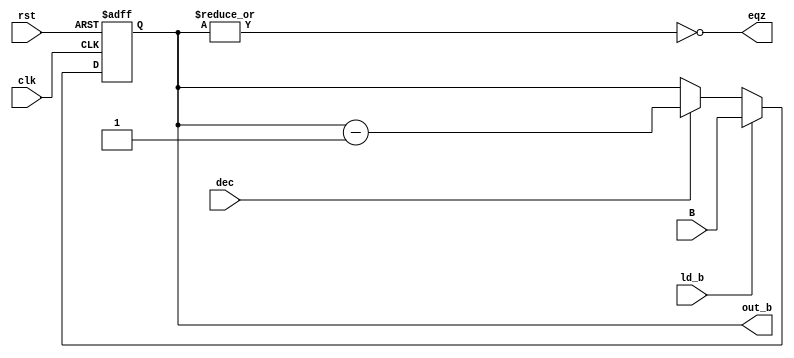
module regB (
  input [14:0] B,
  input clk,
  input rst,
  input ld_b,
  input dec,
  output eqz,
  output[14:0] out_b

);

reg [14:0] add_out;


always @(posedge clk or negedge rst) begin
    
if(!rst)
    add_out <= 15'b0;
    else if(ld_b)
    add_out <= B;
    else if(dec)
      add_out <= add_out - 1'b1;

end

assign out_b = add_out;
assign eqz = ~|add_out; 

endmodule